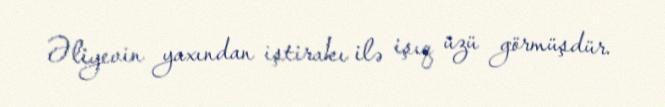
Əliyevin yaxından iştirakı ilə işıq üzü görmüşdür.